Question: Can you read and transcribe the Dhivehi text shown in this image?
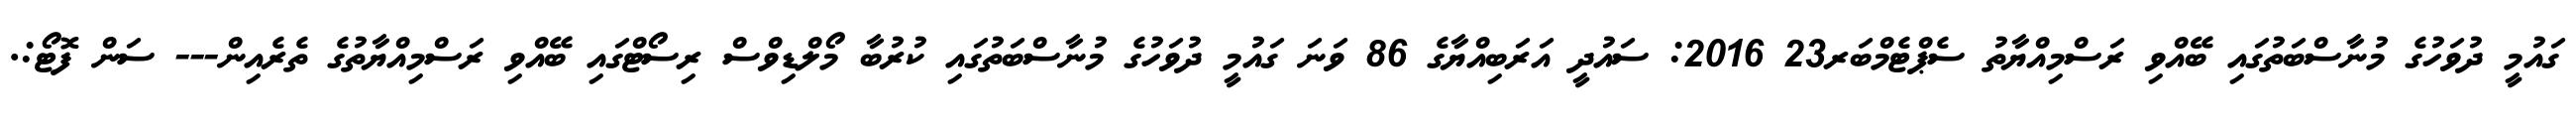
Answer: ގައުމީ ދުވަހުގެ މުނާސްބަތުގައި ބޭއްވި ރަސްމިއްޔާތު ސެޕްޓެމްބަރ23 2016: ސައުދީ އަރަބިއްޔާގެ 86 ވަނަ ގައުމީ ދުވަހުގެ މުނާސްބަތުގައި ކުރުބާ މޯލްޑިވްސް ރިސޯޓްގައި ބޭއްވި ރަސްމިއްޔާތުގެ ތެރެއިން--- ސަން ފޮޓޯ:.